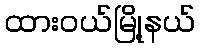
ထားဝယ်မြို့နယ်